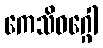
ကေသိဝဂ္ဂေါ